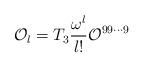
LaTeX: \begin{align*}{\cal O}_l = T_3 {\omega^l \over l!} {\cal O}^{99 \cdots 9}\end{align*}